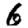
Digit: 6